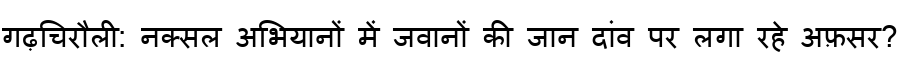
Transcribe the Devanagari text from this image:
गढ़चिरौली: नक्सल अभियानों में जवानों की जान दांव पर लगा रहे अफ़सर?